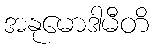
အနုမောဒါမီတိ